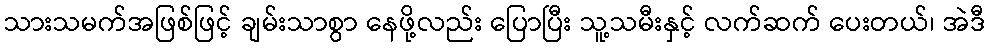
သားသမက်အဖြစ်ဖြင့် ချမ်းသာစွာ နေဖို့လည်း ပြောပြီး သူ့သမီးနှင့် လက်ဆက် ပေးတယ်၊ အဲဒီ